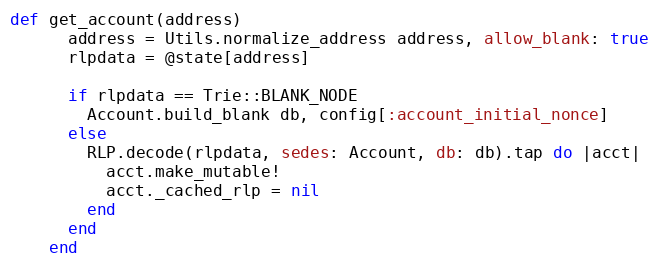
Language: Ruby
def get_account(address)
      address = Utils.normalize_address address, allow_blank: true
      rlpdata = @state[address]

      if rlpdata == Trie::BLANK_NODE
        Account.build_blank db, config[:account_initial_nonce]
      else
        RLP.decode(rlpdata, sedes: Account, db: db).tap do |acct|
          acct.make_mutable!
          acct._cached_rlp = nil
        end
      end
    end